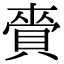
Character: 賫